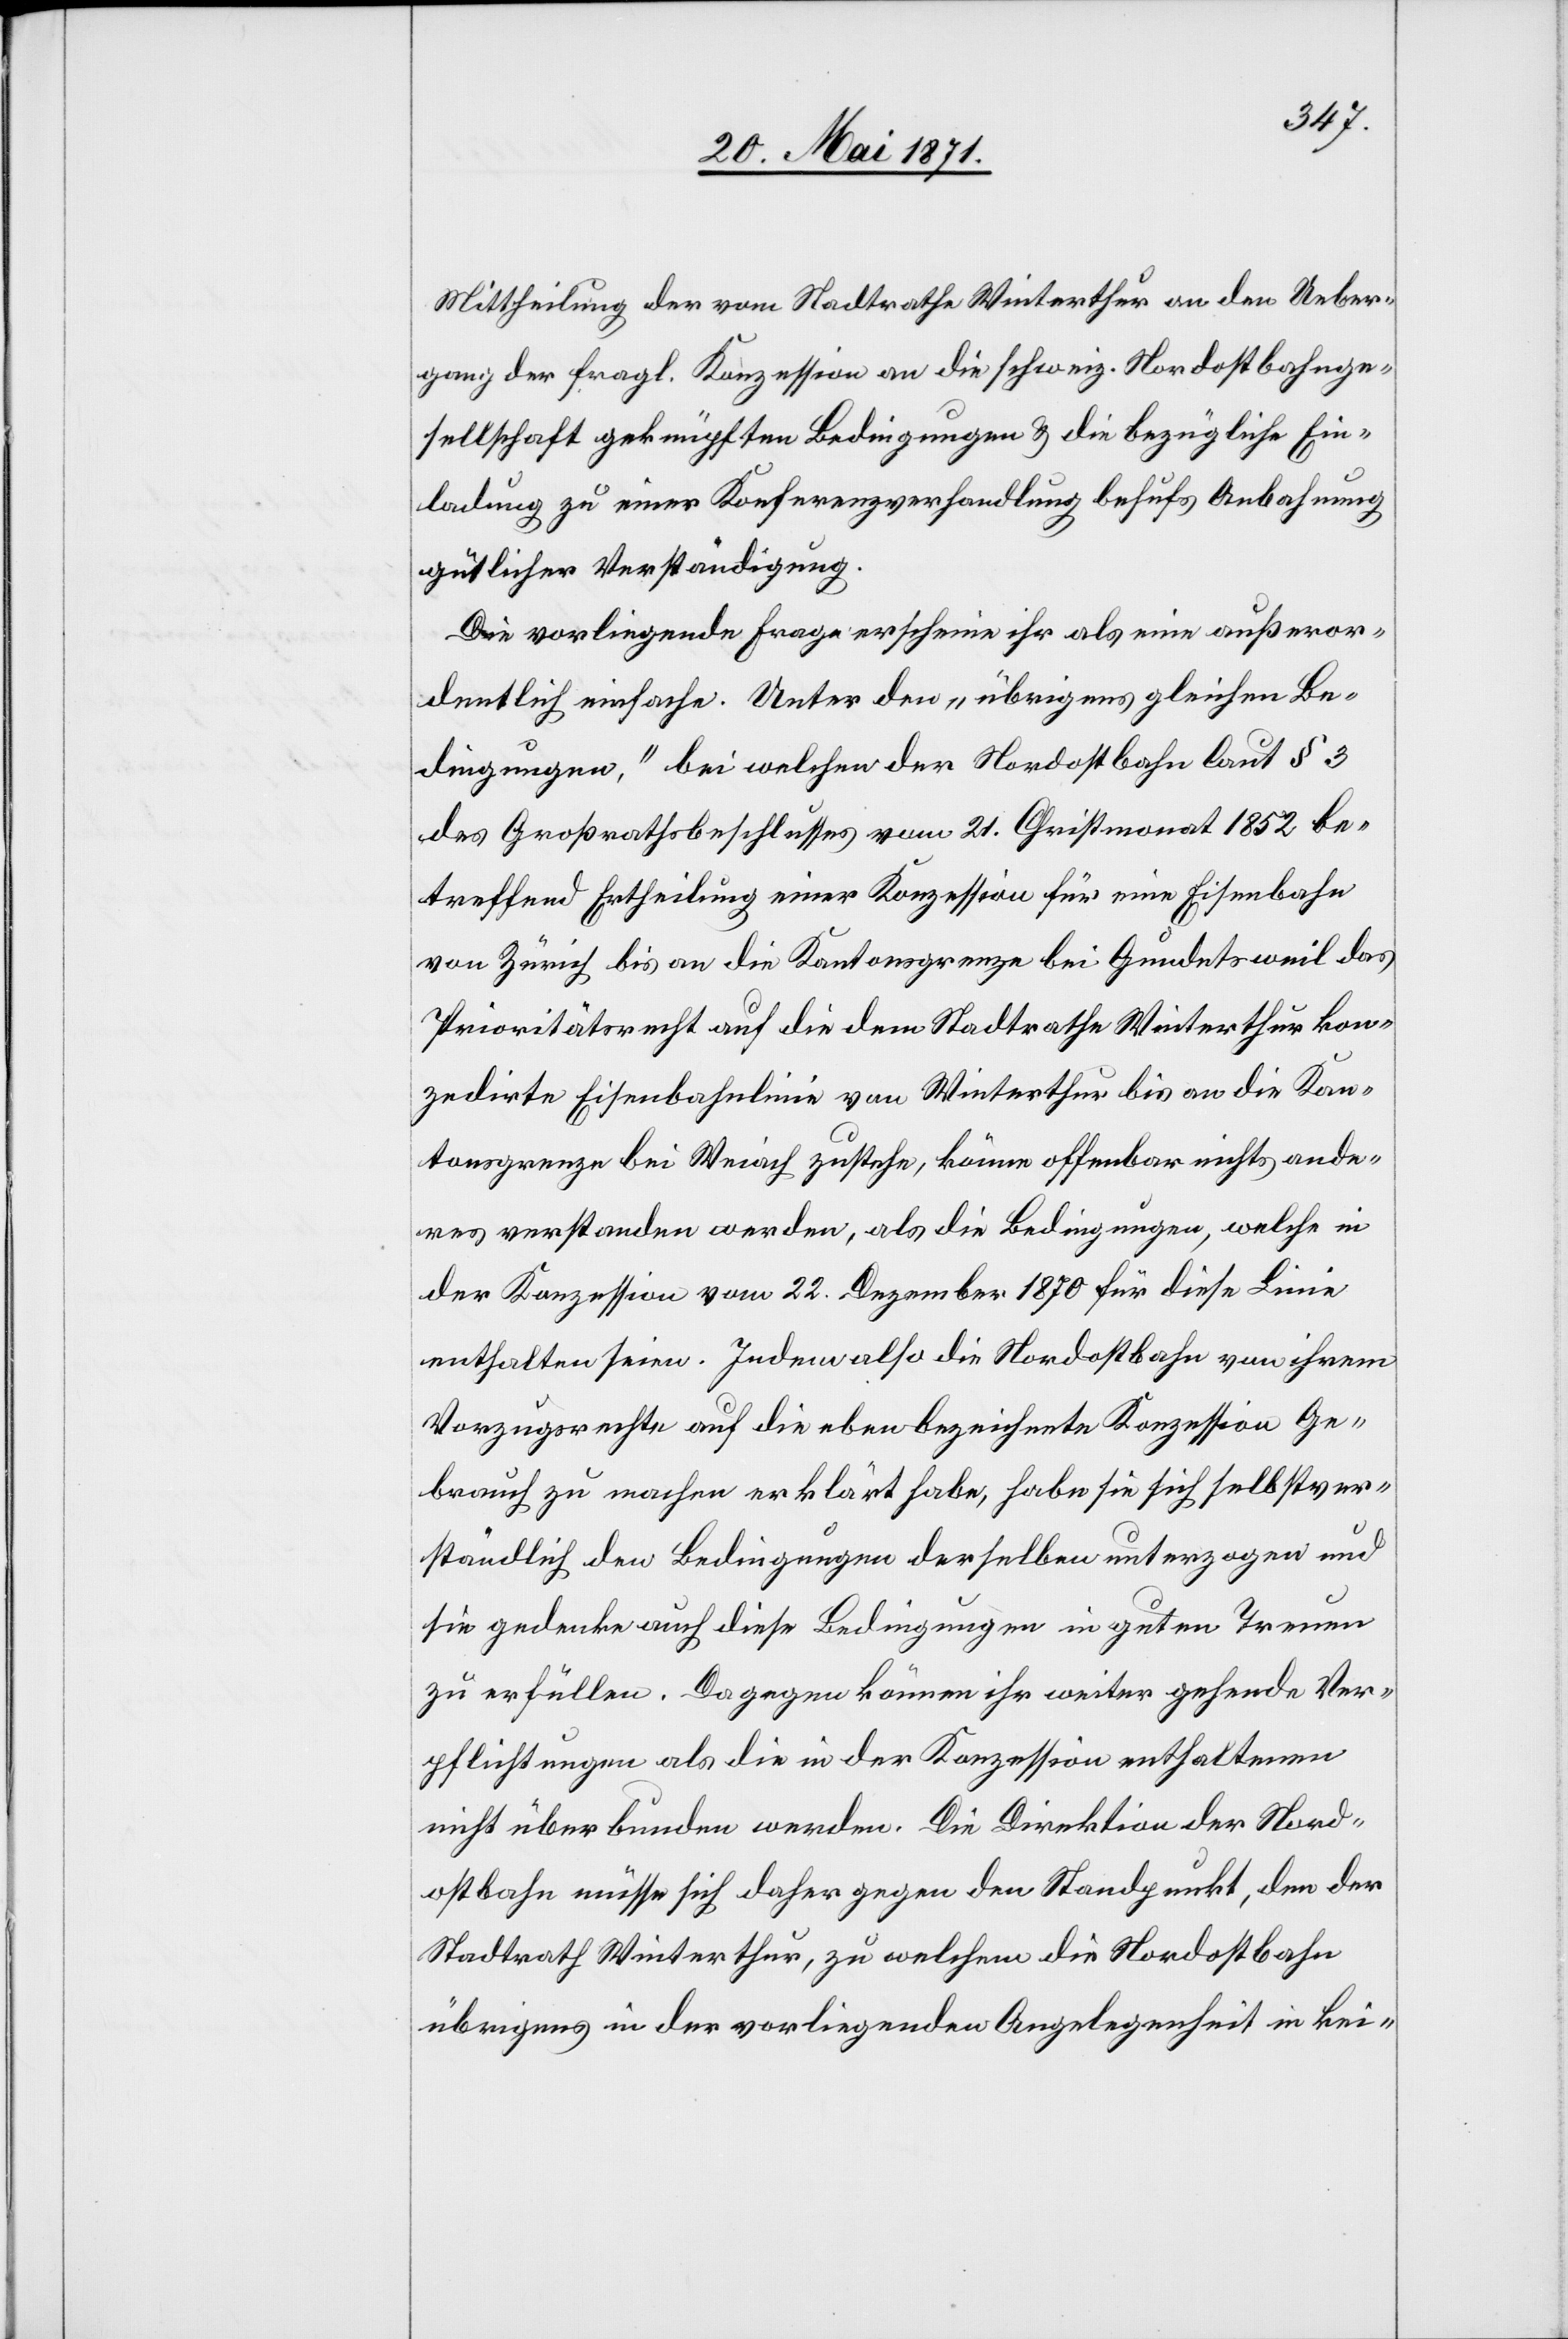
Mittheilung der vom Stadtrath Winterthur an den Ueber¬
gang der fragl. Konzession an die schweiz. Nordostbahnge¬
sellschaft geknüpften Bedingungen u. die bezügliche Ein¬
ladung zu einer Konferenzverhandlung behufs Anbahnung
gütlicher Verständigung.
Die vorliegende Frage erscheine ihr als eine außeror¬
dentlich einfache. Unter den „übrigens gleichen Be¬
dingungen,“ bei welchen der Nordostbahn laut § 3
des Großrathsbeschlusses vom 21. Christmonat 1852 be¬
treffend Ertheilung einer Konzession für eine Eisenbahn
von Zürich bis an die Kantonsgrenze bei Gundetsweil das
Prioritätsrecht auf die dem Stadtrathe Winterthur kon¬
zedirte Eisenbahnlinie von Winterthur bis an die Kan¬
tonsgrenze bei Weiach zustehe, könne offenbar nichts ande¬
res verstanden werden, als die Bedingungen, welche in
der Konzession vom 22. Dezember 1870 für diese Linie
enthalten seien. Indem also die Nordostbahn von ihrem
Vorzugsrechte auf die eben bezeichnete Konzession Ge¬
brauch zu machen erklärt habe, habe sie sich selbstver¬
ständlich den Bedingungen derselben unterzogen und
sie gedenke auch diese Bedingungen in guten Treuen
zu erfüllen. Dagegen können ihr weiter gehende Ver¬
pflichtungen als die in der Konzession enthaltenen
nicht überbunden werden. Die Direktion der Nord¬
ostbahn müsse sich daher gegen den Standpunkt, den der
Stadtrath Winterthur, zu welchem die Nordostbahn
übrigens in der vorliegenden Angelegenheit in kei-